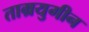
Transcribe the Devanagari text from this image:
ताम्रयुगीन